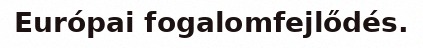
Európai fogalomfejlődés.